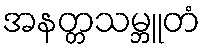
အနတ္တသမ္ဘူတံ